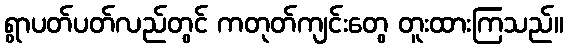
ရွာပတ်ပတ်လည်တွင် ကတုတ်ကျင်းတွေ တူးထားကြသည်။